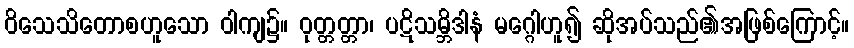
ဝိသေသိတောစဟူသော ဝါကျ၌။ ဝုတ္တတ္တာ၊ ပဋိသမ္ဘိဒါနံ မဂ္ဂေါဟူ၍ ဆိုအပ်သည်၏အဖြစ်ကြောင့်။